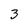
Character: 3